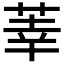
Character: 𫈐